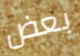
بعض